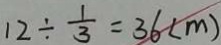
1 2 \div \frac { 1 } { 3 } = 3 6 ( m )